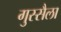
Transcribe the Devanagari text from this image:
गुस्सैला